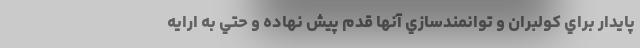
پايدار براي كولبران و توانمندسازي آنها قدم پيش نهاده و حتي به ارايه